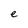
Character: e